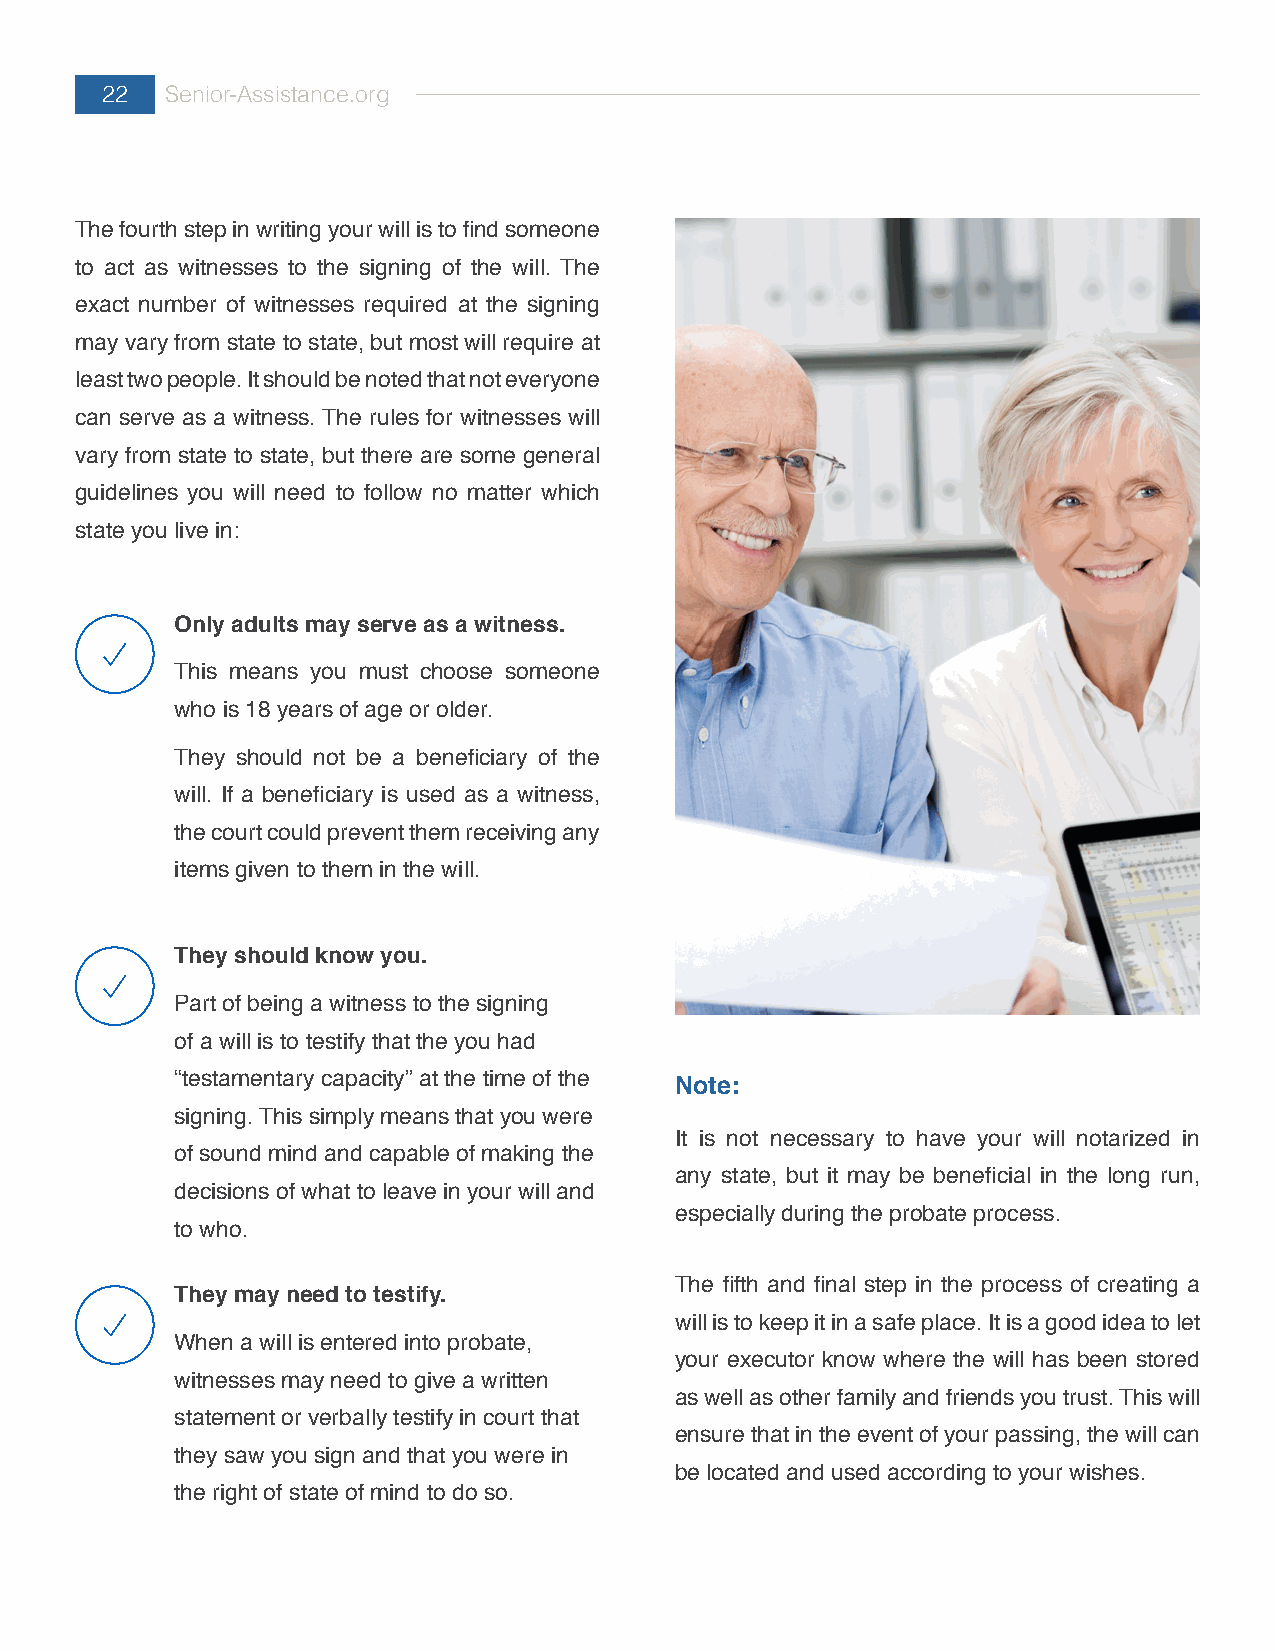
22  Senior-Assistance.org
 The fourth step in writing your will is to find someone
 to act as witnesses to the signing of the will. The
 exact number of witnesses required at the signing
 may vary from state to state, but most will require at
 least two people. It should be noted that not everyone
 can serve as a witness. The rules for witnesses will
 vary from state to state, but there are some general
 guidelines you will need to follow no matter which
 state you live in:
 Only adults may serve as a witness.
 This means you must choose someone
 who is 18 years of age or older.
 They should not be a beneficiary of the
 will. If a beneficiary is used as a witness,
 the court could prevent them receiving any
 items given to them in the will.
 They should know you.
 Part of being a witness to the signing
 of a will is to testify that the you had
 “testamentary capacity” at the time of the Note:
 signing. This simply means that you were
 It is not necessary to have your will notarized in
 of sound mind and capable of making the
 any state, but it may be beneficial in the long run,
 decisions of what to leave in your will and
 especially during the probate process.
 to who.
 The fifth and final step in the process of creating a
 They may need to testify.
 will is to keep it in a safe place. It is a good idea to let
 When a will is entered into probate,
 your executor know where the will has been stored
 witnesses may need to give a written
 as well as other family and friends you trust. This will
 statement or verbally testify in court that
 ensure that in the event of your passing, the will can
 they saw you sign and that you were in
 be located and used according to your wishes.
 the right of state of mind to do so.